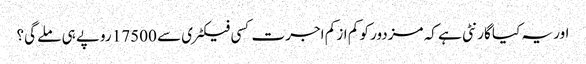
اور یہ کیا گارنٹی ہے کہ مزدور کو کم از کم اجرت کسی فیکٹری سے 17500 روپے ہی ملے گی؟